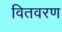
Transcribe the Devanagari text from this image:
वितवरण